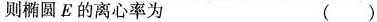
则椭圆E的离心率为 ()